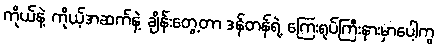
ကိုယ်နဲ့ ကိုယ့်အဆက်နဲ့ ချိန်းတွေ့တာ ဒန်တန်ရဲ့ ကြေးရုပ်ကြီးနားမှာပေါ့ကွ